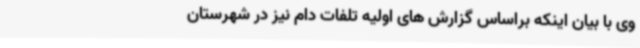
وی با بیان اینکه براساس گزارش های اولیه تلفات دام نیز در شهرستان